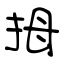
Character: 拇